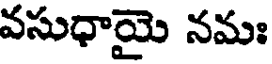
వసుధాయై నమః